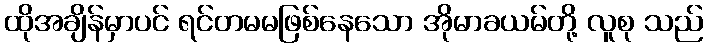
ထိုအချိန်မှာပင် ရင်တမမဖြစ်နေသော အိုမာခယမ်တို့ လူစု သည်